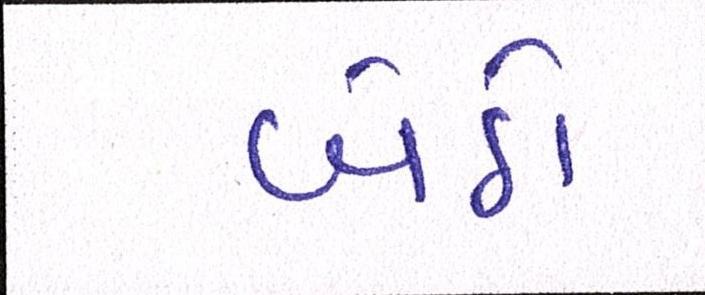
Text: બેઠો